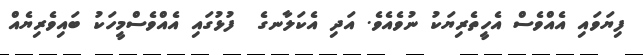
ފިޔަވައި އެއްވެސް އެހީތެރިޔަކު ނުވެއެވެ. އަދި އެކަލާނގެ  ފުޅުގައި އެއްވެސްމީހަކު ބައިވެރިޔެއް